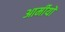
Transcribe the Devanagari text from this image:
आर्मीयों